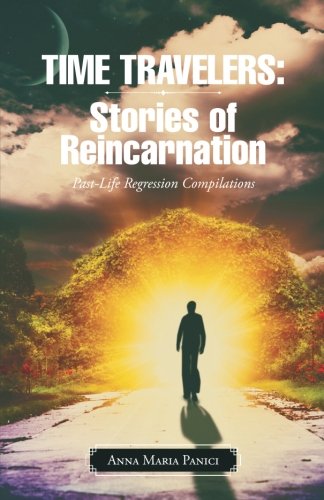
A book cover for Time Travelers: Stories of Reincarnation: Past-Life Regression Compilations; Anna Maria Panici; Religion & Spirituality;